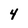
Character: 4